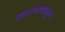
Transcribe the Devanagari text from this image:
प्राशनापासून